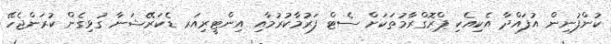
ކުންފުނިން އުފައްދާ އެކިއެކި ޕްރޮގްރާމުތަކަށް ސެޓް ފަރުމާކުރުމާއި އިންޓީރިއަރ ޑެކަރޭޝަނާ ގުޅިގެން ކުރަންޖެހޭ